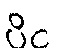
ပိင